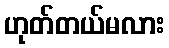
ဟုတ်တယ်မလား